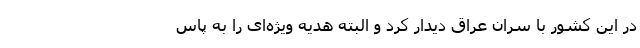
در این کشور با سران عراق دیدار کرد و البته هدیه‌ ویژه‌ای را به پاس